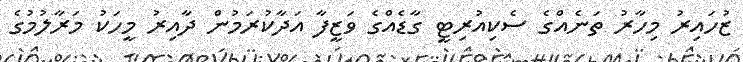
ޒުހައިރު މިހާރު ތަނެއްގެ ސެކިއުރިޓީ ގާޑެއްގެ ވަޒީފާ އަދާކުރަމުން ދާއިރު މީހަކު މަރާލުމުގެ